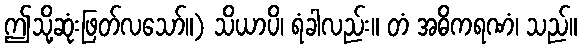
ဤသို့ဆုံးဖြတ်လသော်။) သိယာပိ၊ ရံခါလည်း။ တံ အဓိကရဏံ၊ သည်။